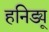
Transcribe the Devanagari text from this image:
हनिड्यू